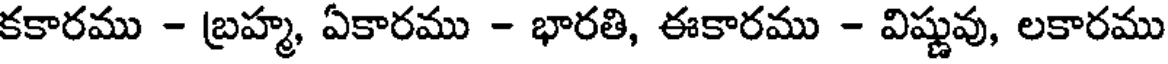
కకారము - బ్రహ్మ, ఏకారము - భారతి, ఈకారము - విష్ణువు, లకారము